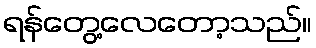
ရန်တွေ့လေတော့သည်။